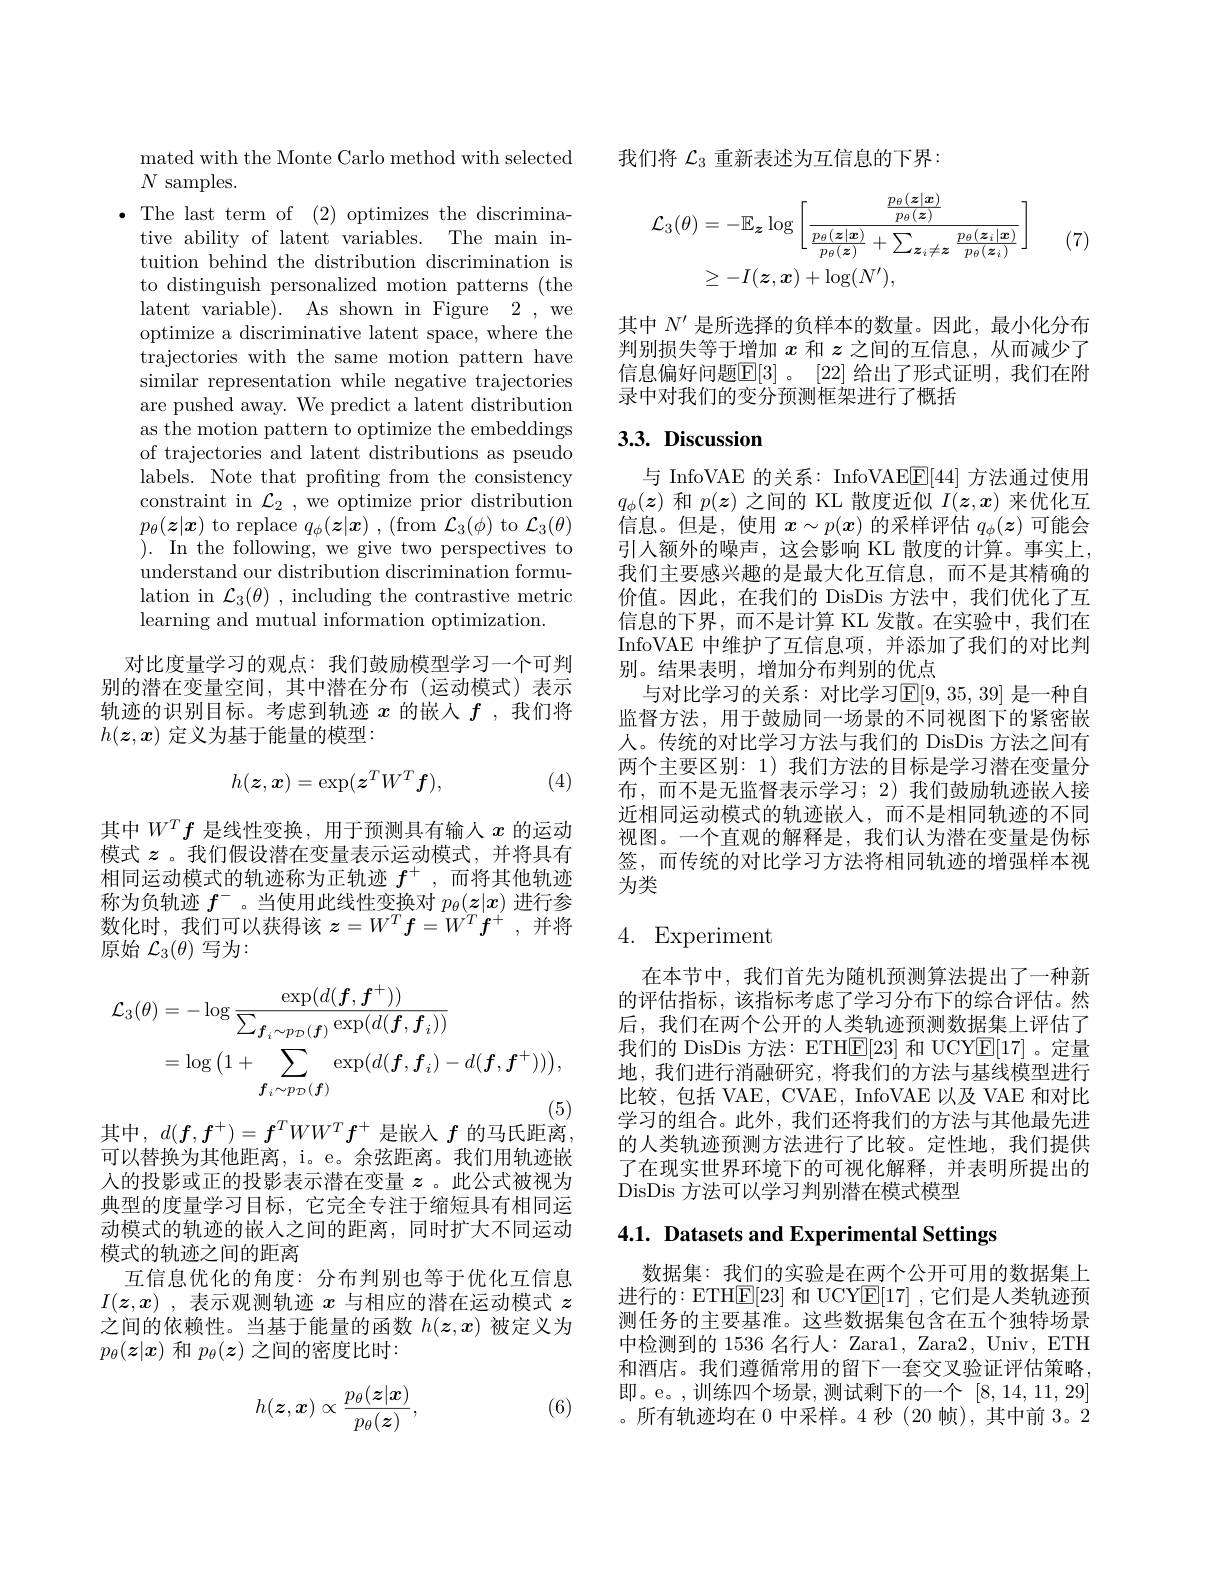
mated with the Monte Carlo method with selected
$N$ samples.
$\bullet$ The last term of (2) optimizes the discrimina-
tive ability of latent variables. The main intuition behind the distribution discrimination is to distinguish personalized motion patterns (the latent variable). As shown in Figure 2, we optimize a discriminative latent space, where the trajectories with the same motion pattern have similar representation while negative trajectories are pushed away. We predict a latent distribution as the motion pattern to optimize the embeddings of trajectories and latent distributions as pseudo labels. Note that profting from the consistency constraint in $\mathcal{L}_2$ , we optimize prior distribution $p_{\theta}(\boldsymbol{z}|\boldsymbol{x})$ to replace $q_\phi(\boldsymbol{z}|\boldsymbol{x})$ , (from $\mathcal{L}_3(\phi)$ to $\mathcal{L}_3(\theta)$ $).{\mathrm{~In~the~following,~we~give~two~perspectives~to}}$ understand our distribution discrimination formulation in $\mathcal{L}_3(\theta)$ , including the contrastive metric learning and mutual information optimization.

对比度量学习的观点：我们鼓励模型学习一个可判别的潜在变量空间，其中潜在分布(运动模式)表示轨迹的识别目标。考虑到轨迹$x$的嵌入$f$ ,我们将$h(\boldsymbol{z},\boldsymbol{x})$定义为基于能量的模型：
$$h(\boldsymbol z,\boldsymbol x)=\exp(\boldsymbol z^TW^T\boldsymbol f),$$
(4)

其中$W^Tf$是线性变换，用于预测具有输入$x$的运动模式$z$。我们假设潜在变量表示运动模式，并将具有相同运动模式的轨迹称为正轨迹$f^+$ ,而将其他轨迹称为负轨迹$f^-$ 。当使用此线性变换对$p_\theta(\boldsymbol{z}|\boldsymbol{x})$进行参数化时，我们可以获得该$z=W^T\boldsymbol{f}=W^T\boldsymbol{f}^+$,并将原始 $\mathcal{L}_3(\theta)$ 写为：
$$\begin{aligned}\mathcal{L}_{3}(\theta)&=-\log\frac{\exp(d(\boldsymbol{f},\boldsymbol{f}^{+}))}{\sum_{\boldsymbol{f}_{i}\sim p_{\mathcal{D}}(\boldsymbol{f})}\exp(d(\boldsymbol{f},\boldsymbol{f}_{i}))}\\&=\log\left(1+\sum_{\boldsymbol{f}_{i}\sim p_{\mathcal{D}}(\boldsymbol{f})}\exp(d(\boldsymbol{f},\boldsymbol{f}_{i})-d(\boldsymbol{f},\boldsymbol{f}^{+}))\right),\end{aligned}$$
其中，$d(f,f^+)=f^TWW^Tf^+$是嵌入$f$的马氏距离，

可以替换为其他距离，i。e。余弦距离。我们用轨迹嵌入的投影或正的投影表示潜在变量$z$ 。此公式被视为典型的度量学习目标，它完全专注于缩短具有相同运动模式的轨迹的嵌人之间的距离，同时扩大不同运动模式的轨迹之间的距离
互信息优化的角度：分布判别也等于优化互信息$I(\boldsymbol{z},\boldsymbol{x})$ ,表示观测轨迹$x$与相应的潜在运动模式$z$ 之间的依赖性。当基于能量的函数$h(\boldsymbol{z},\boldsymbol{x})$被定义为$p_{\theta}(\boldsymbol{z}|\boldsymbol{x})$和$p_\theta(\boldsymbol{z})$之间的密度比时：
$$h(\boldsymbol{z},\boldsymbol{x})\propto\frac{p_\theta(\boldsymbol{z}|\boldsymbol{x})}{p_\theta(\boldsymbol{z})},$$
(6)

我们将$\mathcal{L}_3$重新表述为互信息的下界：
$$\begin{aligned}\mathcal{L}_{3}(\theta)&=-\mathbb{E}_{z}\log\left[\frac{\frac{p_{\theta}(\boldsymbol{z}|\boldsymbol{x})}{p_{\theta}(\boldsymbol{z})}}{\frac{p_{\theta}(\boldsymbol{z}|\boldsymbol{x})}{p_{\theta}(\boldsymbol{z})}+\sum_{\boldsymbol{z}_{i}\neq\boldsymbol{z}}\frac{p_{\theta}(\boldsymbol{z}_{i}|\boldsymbol{x})}{p_{\theta}(\boldsymbol{z}_{i})}}\right]\\&\geq-I(\boldsymbol{z},\boldsymbol{x})+\log(N^{\prime}),\end{aligned}$$
(7)

其中$N^{\prime}$是所选择的负样本的数量。因此，最小化分布判别损失等于增加$x$和$z$之间的互信息，从而减少了信息偏好问题$\mathbb{E}[3]$ 。[22] 给出了形式证明，我们在附录中对我们的变分预测框架进行了概括

## 3.3. Discussion

与 InfoVAE 的关系：InfoVAE$\boxed{\mathbb{F}}[44]$方法通过使用$q_\phi(\boldsymbol{z})$和$p(\boldsymbol{z})$之间的 KL 散度近似$I(\boldsymbol{z},\boldsymbol{x})$来优化互信息。但是，使用$x\sim p(\boldsymbol{x})$的采样评估$q_\phi(\boldsymbol{z})$可能会引入额外的噪声，这会影响 KL 散度的计算。事实上， 我们主要感兴趣的是最大化互信息，而不是其精确的价值。因此，在我们的 DisDis 方法中，我们优化了互信息的下界，而不是计算 KL 发散。在实验中，我们在InfoVAE 中维护了互信息项，并添加了我们的对比判别。结果表明，增加分布判别的优点
与对比学习的关系：对比学习$\mathbb{E}[9,35,39]$ 是一种自监督方法，用于鼓励同一场景的不同视图下的紧密嵌人。传统的对比学习方法与我们的 DisDis 方法之间有两个主要区别：1)我们方法的目标是学习潜在变量分布，而不是无监督表示学习；2)我们鼓励轨迹嵌人接近相同运动模式的轨迹嵌入，而不是相同轨迹的不同视图。一个直观的解释是，我们认为潜在变量是伪标签，而传统的对比学习方法将相同轨迹的增强样本视为类

## 4. Experiment

在本节中，我们首先为随机预测算法提出了一种新的评估指标，该指标考虑了学习分布下的综合评估。然后，我们在两个公开的人类轨迹预测数据集上评估了我们的 DisDis 方法：ETH$\mathbb{E}[23]$和 UCYE[17]。定量地，我们进行消融研究，将我们的方法与基线模型进行比较，包括 VAE, CVAE, InfoVAE 以及 VAE 和对比学习的组合。此外，我们还将我们的方法与其他最先进的人类轨迹预测方法进行了比较。定性地，我们提供了在现实世界环境下的可视化解释，并表明所提出的DisDis 方法可以学习判别潜在模式模型

## 4.1. Datasets and Experimental Settings

数据集：我们的实验是在两个公开可用的数据集上进行的：ETHE[ 23] 和 UCYE[17] ,它们是人类轨迹预测任务的主要基准。这些数据集包含在五个独特场景中检测到的 1536 名行人：Zara1, Zara2, Univ, ETH 和酒店。我们遵循常用的留下一套交叉验证评估策略， 即。e。,训练四个场景，测试剩下的一个[8,14,11,29] 。所有轨迹均在 0 中采样。4 秒 (20 帧),其中前 3。2